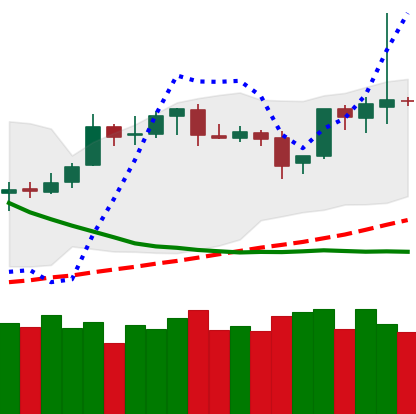
Ticker: BTC-USD
Chart end date: 2019-03-31
Forward return: 22.684%
Label: up_7plus